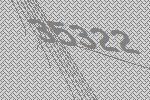
35322